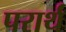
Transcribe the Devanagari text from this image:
परार्थं